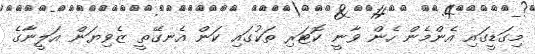
މިގަޑީގައި އެންމެން ހެން ވާނީ ކޮޓަރި ތަކުގައި ކަން އެނގޭތީ ޒެވިޔަން އަލީނާގެ